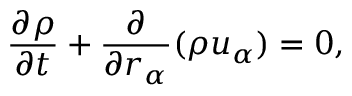
\frac { \partial \rho } { \partial t } + \frac { \partial } { \partial r _ { \alpha } } ( \rho u _ { \alpha } ) = 0 ,